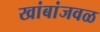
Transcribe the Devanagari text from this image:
खांबांजवळ